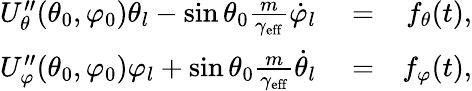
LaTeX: \begin{array}{rlr}{U_{\theta}^{\prime\prime}(\theta_{0},\varphi_{0})\theta_{l}-\sin\theta_{0}\frac{m}{\gamma_{\mathrm{eff}}}\dot{\varphi}_{l}}&{{}=}&{f_{\theta}(t),}\\ {U_{\varphi}^{\prime\prime}(\theta_{0},\varphi_{0})\varphi_{l}+\sin\theta_{0}\frac{m}{\gamma_{\mathrm{eff}}}\dot{\theta}_{l}}&{{}=}&{f_{\varphi}(t),}\end{array}